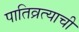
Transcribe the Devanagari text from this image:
पातिव्रत्याची